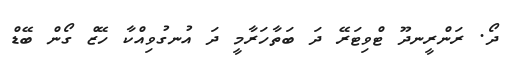
ދޯ. ރަންރީނދޫ ޓްވިޓަރޭ ދަ ބަތާހަރާމީ ދަ އުނގުވިއްކާ ހޭޒް ގޯން ބޭޑް